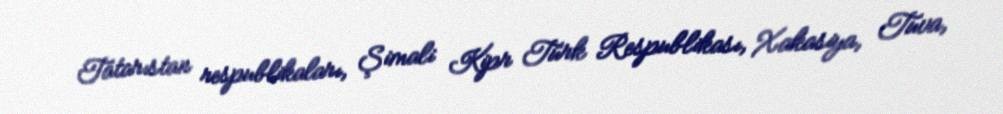
Tatarıstan respublikaları, Şimali Kipr Türk Respublikası, Xakasiya, Tuva,